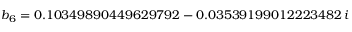
b _ { 6 } = 0 . 1 0 3 4 9 8 9 0 4 4 9 6 2 9 7 9 2 - 0 . 0 3 5 3 9 1 9 9 0 1 2 2 2 3 4 8 2 \, i